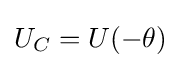
U_{C}=U(-\theta )